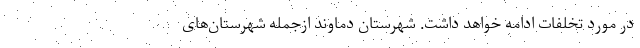
در مورد تخلفات ادامه خواهد داشت. شهرستان دماوند ازجمله شهرستان‌های